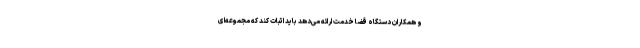
و همکاران دستگاه قضا خدمت ارائه می‌دهد باید اثبات کند که مجموعه‌ای